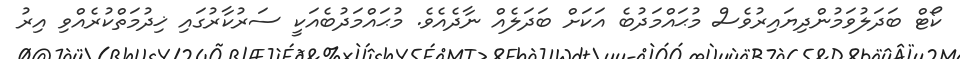
ކޯޓް ބަދަލުވަމުންދިޔައިރުވެސް މުޙައްމަދުބެ އަކަށް ބަދަލެއް ނާދެއެވެ. މުޙައްމަދުބެއަކީ ސަރުކާރުގައި ޚިދުމަތްކުރެއްވި އިރު